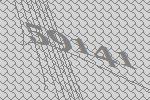
59141